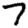
Digit: 7